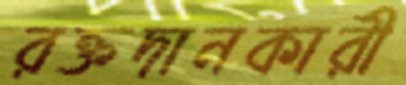
রক্তদানকারী